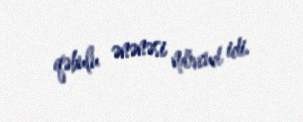
qəbulu ənənəsi mövcud idi.